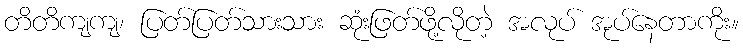
တိတိကျကျ၊ ပြတ်ပြတ်သားသား ဆုံးဖြတ်ဖို့လိုတဲ့ အလုပ် အုပ်နေတာကိုး။